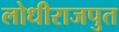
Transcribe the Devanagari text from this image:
लोधीराजपुत